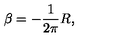
\beta = - \frac { 1 } { 2 \pi } R ,